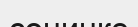
сонинке